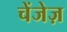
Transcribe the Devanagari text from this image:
चेंजेज़